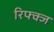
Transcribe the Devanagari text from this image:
रिफ्क्ज